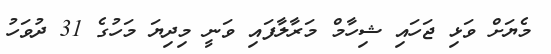
މެޔަށް ވަޅި ޖަހައި ޝިހާމް މަރާލާފައި ވަނީ މިދިޔަ މަހުގެ 31 ދުވަހު